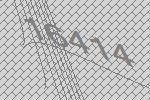
16414